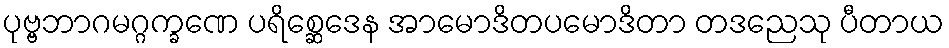
ပုဗ္ဗဘာဂမဂ္ဂက္ခဏေ ပရိစ္ဆေဒေန အာမောဒိတပမောဒိတာ တဒညေသု ပီတာယ